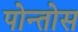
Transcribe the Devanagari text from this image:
पोन्तोस